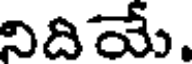
నిదియే.